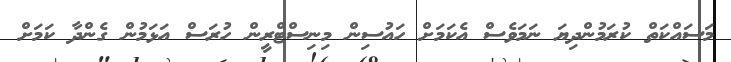
މަސައްކަތް ކުރަމުންދިޔަ ނަމަވެސް އެކަމަށް ހައުސިން މިނިސްޓްރީން ހުރަސް އަޅަމުން ގެންދާ ކަމަށް